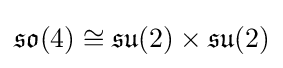
{\mathfrak {so}}(4)\cong {\mathfrak {su}}(2)\times {\mathfrak {su}}(2)